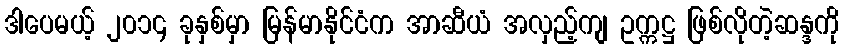
ဒါပေမယ့် ၂၀၁၄ ခုနှစ်မှာ မြန်မာနိုင်ငံက အာဆီယံ အလှည့်ကျ ဥက္ကဋ္ဌ ဖြစ်လိုတဲ့ဆန္ဒကို